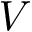
V